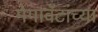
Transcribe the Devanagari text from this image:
मेगावॅटांच्या